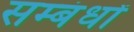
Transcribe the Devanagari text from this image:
सम्बंधोंं